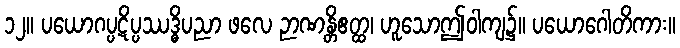
၁၂။ ပယောဂပ္ပဋိပ္ပဿဒ္ဓိပညာ ဖလေ ဉာဏန္တိဧတ္ထ၊ ဟူသောဤဝါကျ၌။ ပယောဂေါတိကား။